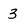
Character: 3